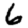
Digit: 6